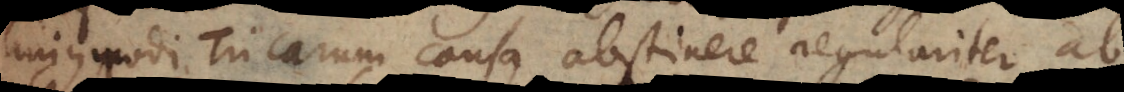
hujusmodi tricarum causa abstinere regulariter ab